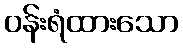
ဝန်းရံထားသော